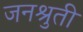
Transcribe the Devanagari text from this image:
जनश्रुती